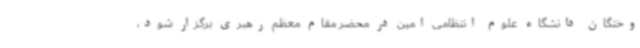
وختگان دانشگاه علوم انتظامی امین در محضر مقام معظم رهبری برگزار شود،